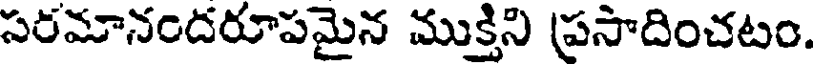
సరమానందరూపమైన ముక్తిని ప్రసాదించటం.